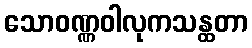
သောဝဏ္ဏဝါလုကသန္ထတာ